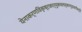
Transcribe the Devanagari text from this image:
येनाकर्णविकृष्टकार्मूकचलत्काण्डावलीकर्ति